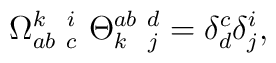
\Omega _{ab\ c}^{k\ \ i}\ \Theta _{k\ \ j}^{ab\ d}=\delta _{d}^{c}\delta_{j}^{i},